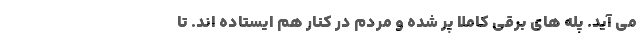
می آید. پله های برقی کاملا پر شده و مردم در کنار هم ایستاده اند. تا